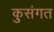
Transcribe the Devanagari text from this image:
कुसंगत